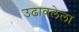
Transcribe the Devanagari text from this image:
उढावलेला